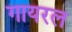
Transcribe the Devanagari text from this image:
गायरल